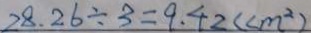
2 8 . 2 6 \div 3 = 9 . 4 2 ( c m ^ { 2 } )